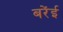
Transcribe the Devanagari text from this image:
बरेंई